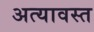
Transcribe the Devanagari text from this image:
अत्यावस्त